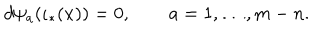
LaTeX: d \psi _ { a } ( \iota _ { * } ( x ) ) = 0 , \qquad a = 1 , \ldots , m - n .